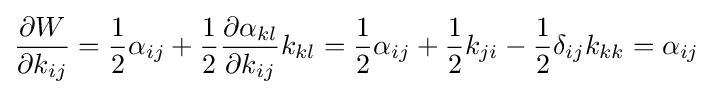
{\frac {\partial W}{\partial k_{ij}}}={\frac {1}{2}}\alpha _{ij}+{\frac {1}{2}}{\frac {\partial \alpha _{kl}}{\partial k_{ij}}}k_{kl}={\frac {1}{2}}\alpha _{ij}+{\frac {1}{2}}k_{ji}-{\frac {1}{2}}\delta _{ij}k_{kk}=\alpha _{ij}